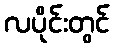
လပိုင်းတွင်